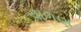
ચાળણ